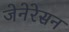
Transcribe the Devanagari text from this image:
जेनेरेसन